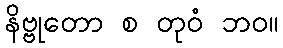
နိဗ္ဗုတော စ တုဝံ ဘဝ။